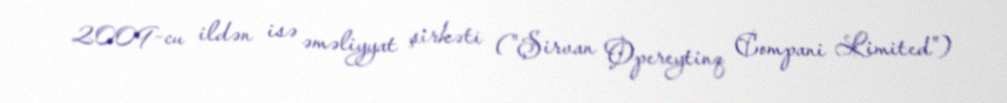
2009-cu ildən isə əməliyyat şirkəti ("Şirvan Opereytinq Compani Limited")